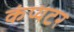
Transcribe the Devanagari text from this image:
कंप्यटर